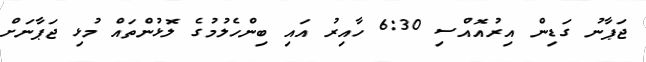
ޖަޕާނު ގަޑިން އިރުއޮއްސި 6:30 ހާއިރު އައި ބިންހެލުމުގެ ލޮޅުންތައް މުޅި ޖަޕާނަށް